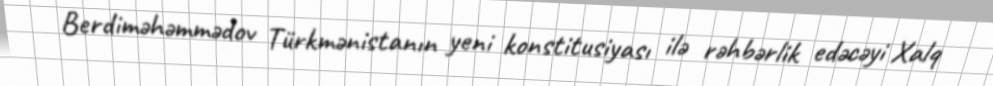
Berdiməhəmmədov Türkmənistanın yeni konstitusiyası ilə rəhbərlik edəcəyi Xalq